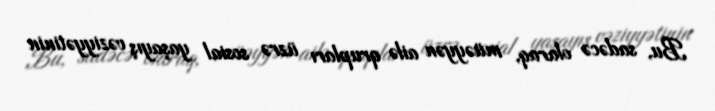
Bu, sadəcə olaraq, müəyyən ailə qrupları üzrə sosial yaşayış vəziyyətinin